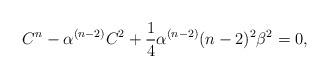
LaTeX: \begin{align*}C^{n}-\alpha^{(n-2)}C^{2}+\frac{1}{4}\alpha^{(n-2)}(n-2)^{2}\beta^{2}=0,\end{align*}